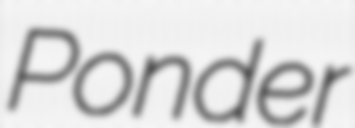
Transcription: Ponder